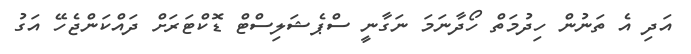
އަދި އެ ތަނުން ހިދުމަތް ހޯދާނަމަ ނަގާނީ ސްޕެޝަލިސްޓް ޑޮކްޓަރަށް ދައްކަންޖެހޭ އަގު